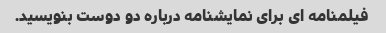
فیلمنامه ای برای نمایشنامه درباره دو دوست بنویسید.